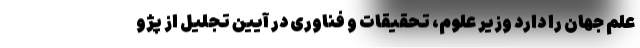
علم جهان را دارد وزیر علوم، تحقیقات و فناوری در آیین تجلیل از پژو